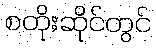
စတိုးဆိုင်တွင်